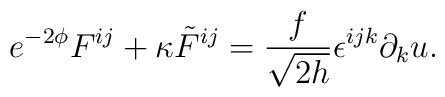
e^{-2\phi}F^{ij}+\kappa {\tilde F}^{ij}=\frac{f}{\sqrt{2h}}\epsilon^{ijk}\partial_ku.